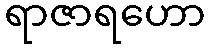
ရာဇာရဟော